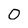
Character: 0